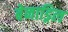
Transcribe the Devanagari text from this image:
बेनाड्रिल